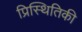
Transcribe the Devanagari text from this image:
प्रिस्थितिकी